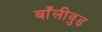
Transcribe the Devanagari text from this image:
बाँलीवुड़